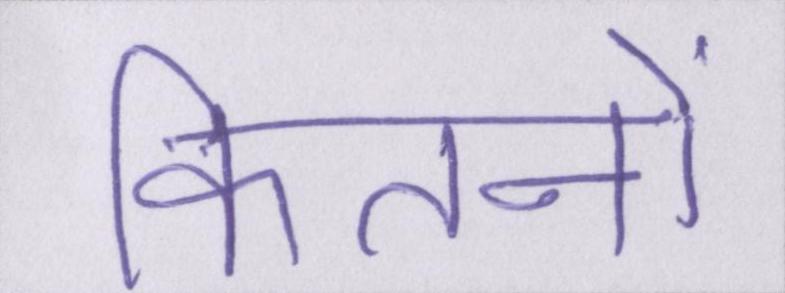
कितनों